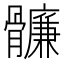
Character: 𩪬